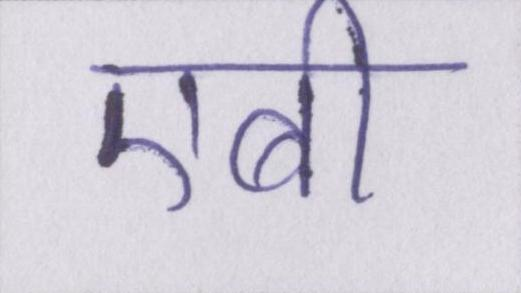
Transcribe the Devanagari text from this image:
एबी